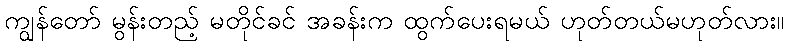
ကျွန်တော် မွန်းတည့် မတိုင်ခင် အခန်းက ထွက်ပေးရမယ် ဟုတ်တယ်မဟုတ်လား။